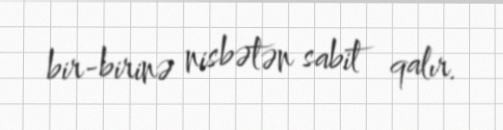
bir-birinə nisbətən sabit qalır.